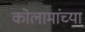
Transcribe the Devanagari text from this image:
कोलामांच्या